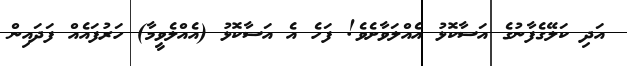
އަދި ކަލޭގެފާނުގެ އަސާކޮޅު އެއްލަވާށެވެ! ފަހެ އެ އަސާކޮޅު (އެއްލެވީމާ) ހަރުފައެއް ފަދައިން